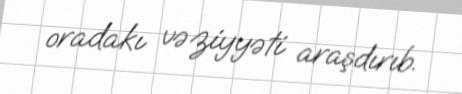
oradakı vəziyyəti araşdırıb.